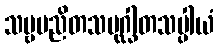
သဗ္ဗမညိတသမုဂ္ဃါတသပ္ပါယံ